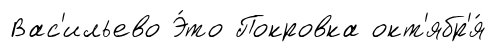
Вас'ильево Э́то Покровка окт'ябр'я́